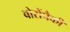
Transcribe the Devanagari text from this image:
बोरोंपैकी